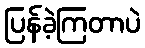
ပြန်ခဲ့ကြတာပဲ